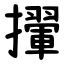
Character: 㩣